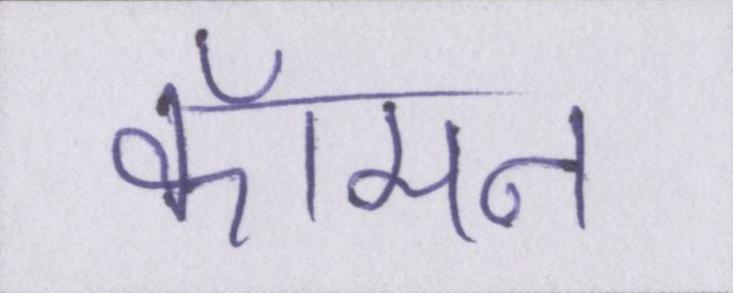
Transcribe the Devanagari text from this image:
कॉमन